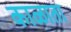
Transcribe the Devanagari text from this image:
काळाता